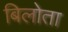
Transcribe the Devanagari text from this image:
बिलोता